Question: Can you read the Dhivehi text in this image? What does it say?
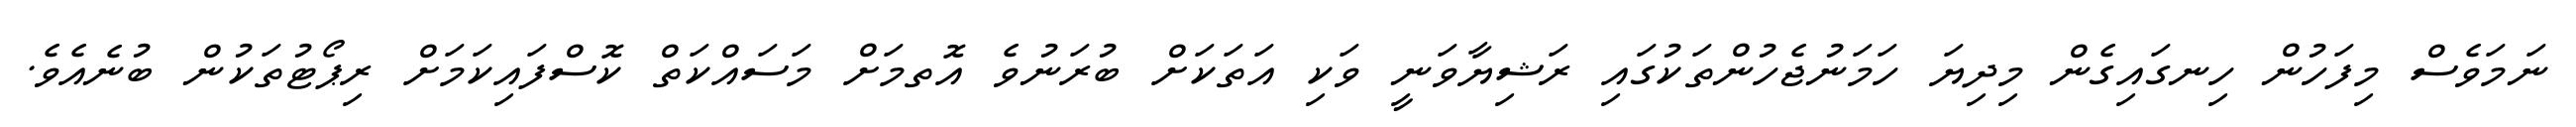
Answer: ނަމަވެސް މިފަހުން ހިނގައިގެން މިދިޔަ ހަމަނުޖެހުންތަކުގައި ރަޝިޔާވަނީ ވަކި އަތަކަށް ބުރަނުވެ އޮތމަށް މަސައްކަތް ކޮސްފައިކަމަށް ރިޕޯޓުތަކުން ބުނެއެވެ.